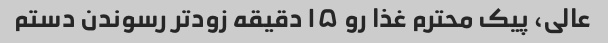
عالی، پیک محترم غذا رو ۱۵ دقیقه زودتر رسوندن دستم